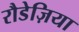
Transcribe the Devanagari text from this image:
रौडेज़िया